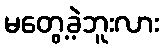
မတွေ့ခဲ့ဘူးလား